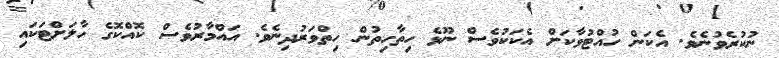
ނުކުރެވުނެވެ. އެކަން ހުއްޓުވާކަށް އެކަކުވެސް ނޫޅެ ހިތާހިތުން ހިތްވަރުދިނެވެ. އައްމާރުވެސް ކޮއްކޮގެ ހާލަށްޓަކައި